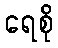
ရေစို